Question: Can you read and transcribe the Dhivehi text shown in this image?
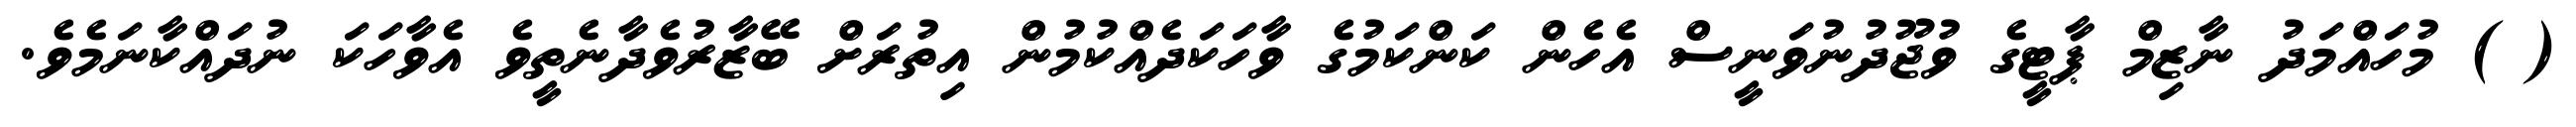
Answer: ( ) މުހައްމަދު ނާޒިމް ޕާޓީގެ ވުޖޫދުނުވަނީސް އެހެން ކަންކަމުގެ ވާހަކަދެއްކުމުން އިތުރަށް ބޭޒާރުވެދާނެތީވެ އެވާހަކަ ނުދައްކާނަމެވެ.